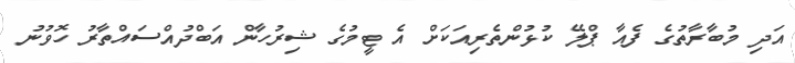
އަދި މުބާރާތުގެ ފެއާ ޕްލޭ ކުޅުންތެރިއަކަށް އެ ޓީމުގެ ޝިރުހާން އަބްދުއްސައްތާރު ހޮވުނު